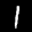
Label: 1